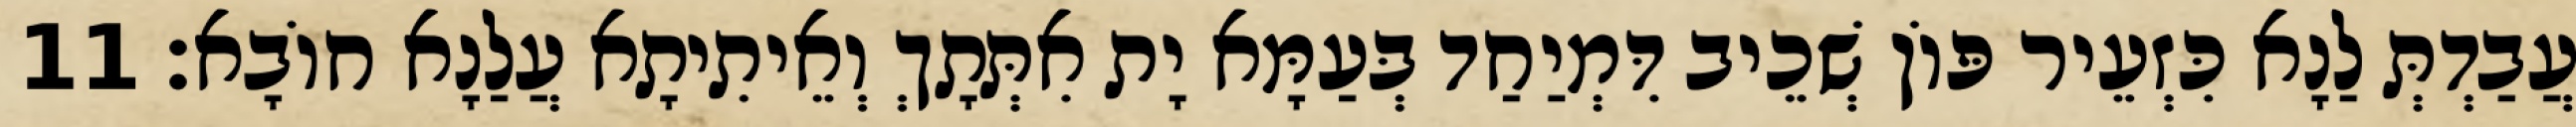
עֲבַדְתְּ לַנָא כִּזְעֵיר פּוֹן שְׁכֵיב דִּמְיַחַד בְּעַמָּא יָת אִתְּתָךְ וְאֵיתִיתָא עֲלַנָא חוֹבָא׃ 11